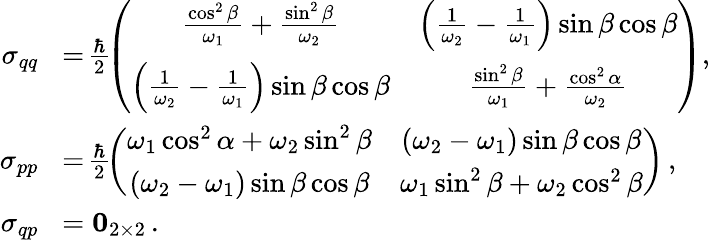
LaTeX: \begin{array}{rl}{\sigma_{qq}}&{\! =\! \frac{\hbar}{2}\! \left(\begin{array}{cc}{\frac{\cos^{2}\beta}{\omega_{1}}+\frac{\sin^{2}\beta}{\omega_{2}}}&{\left(\frac{1}{\omega_{2}}-\frac{1}{\omega_{1}}\right)\sin\beta\cos\beta}\\ {\left(\frac{1}{\omega_{2}}-\frac{1}{\omega_{1}}\right)\sin\beta\cos\beta}&{\frac{\sin^{2}\beta}{\omega_{1}}+\frac{\cos^{2}\alpha}{\omega_{2}}}\end{array}\right),}\\ {\sigma_{pp}}&{\! =\! \frac{\hbar}{2}\! \left(\begin{array}{cc}{\omega_{1}\cos^{2}\alpha+\omega_{2}\sin^{2}\beta}&{\left(\omega_{2}-\omega_{1}\right)\sin\beta\cos\beta}\\ {\left(\omega_{2}-\omega_{1}\right)\sin\beta\cos\beta}&{\omega_{1}\sin^{2}\beta+\omega_{2}\cos^{2}\beta}\end{array}\right)\, ,}\\ {\sigma_{qp}}&{\! =\mathbf{0}_{2\times 2}\, .}\end{array}